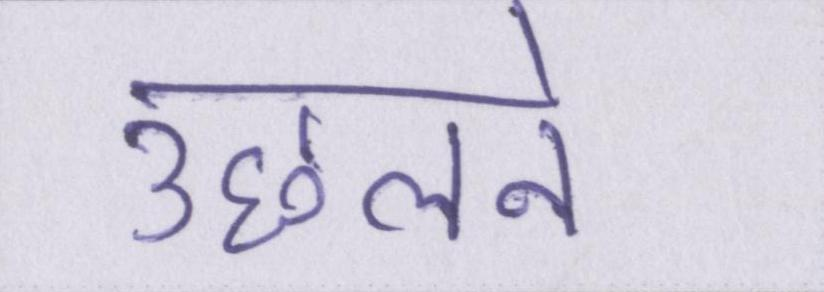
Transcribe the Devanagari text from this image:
उछलने